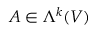
A \in \Lambda ^ { k } ( V )